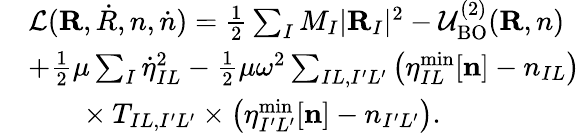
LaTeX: \begin{array}{rl}&{{\cal L}({\mathbf R,{\dot{R}},n,{\dot{n}}})=\frac{1}{2}\sum_{I}M_{I}\vert{\mathbf R}_{I}\vert^{2}-{\cal U}_{\mathrm{BO}}^{(2)}({\mathbf R,n})}\\ &{+\frac{1}{2}\mu\sum_{I}{\dot{\eta}}_{IL}^{2}-\frac{1}{2}\mu\omega^{2}\sum_{IL,I^{\prime}L^{\prime}}\left(\eta_{IL}^{\mathrm{min}}[{\mathbf n}]-n_{IL}\right)}\\ &{~~~~~~~\times T_{IL,I^{\prime}L^{\prime}}\times\left(\eta_{I^{\prime}L^{\prime}}^{\mathrm{min}}[{\mathbf n}]-n_{I^{\prime}L^{\prime}}\right).}\end{array}